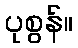
ပုစွန်။